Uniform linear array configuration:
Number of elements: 32
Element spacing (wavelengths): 0.75
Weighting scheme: exponential
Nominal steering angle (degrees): -60
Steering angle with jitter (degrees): -58.693
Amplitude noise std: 0.05
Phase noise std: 0.05

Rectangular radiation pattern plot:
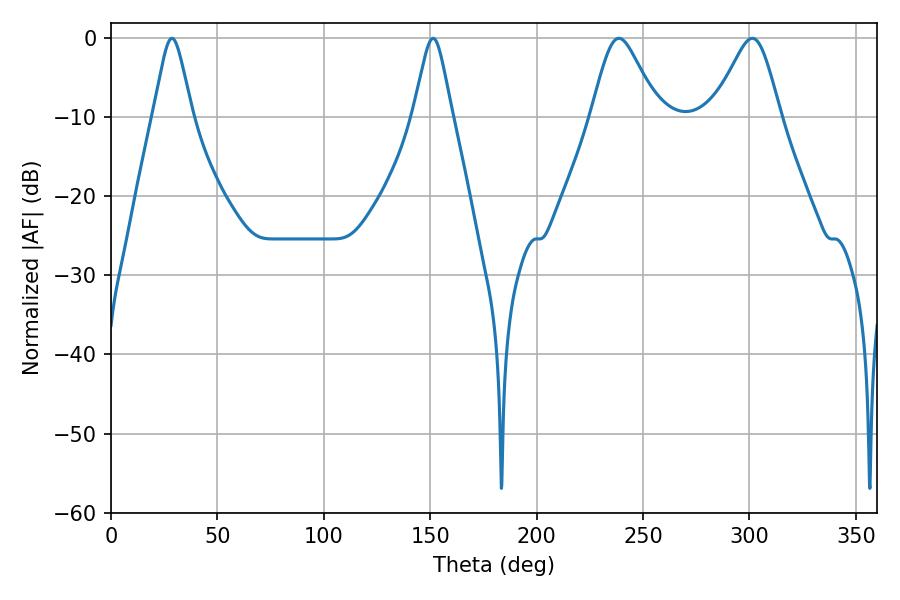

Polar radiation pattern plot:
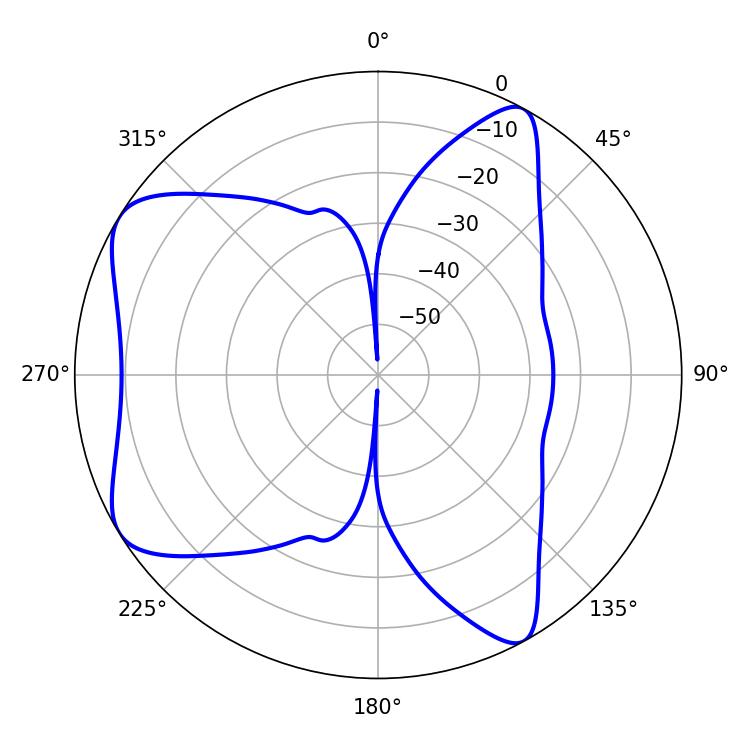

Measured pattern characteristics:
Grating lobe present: TRUE
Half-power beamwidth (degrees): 15.3
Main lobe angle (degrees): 238.68